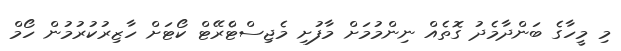
މި މީހާގެ ބަންދާމެދު ގޮތެއް ނިންމުމަށް މާފުށި މެޖިސްޓްެރޭޓް ކޯޓަށް ހާޒިރުކުރުމުން ހޯމް